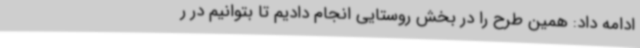
ادامه داد: همین طرح را در بخش روستایی انجام دادیم تا بتوانیم در ر